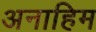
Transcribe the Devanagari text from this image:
अनाहिम